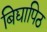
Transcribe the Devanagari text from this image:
बिद्यापिठ